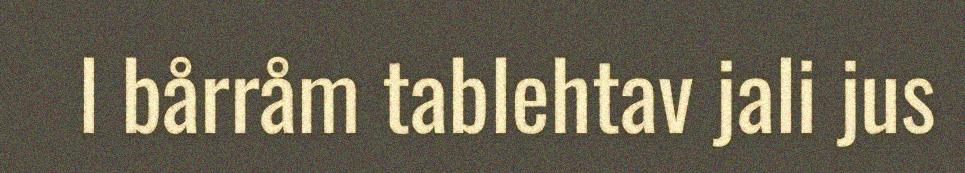
l bårråm tablehtav jali jus